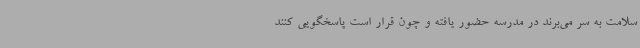
سلامت به سر می‌برند در مدرسه حضور یافته و چون قرار است پاسخگویی کنند